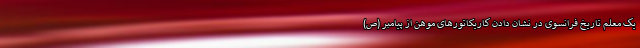
یک معلم تاریخ فرانسوی در نشان دادن کاریکاتورهای موهن از پیامبر (ص)